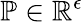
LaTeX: \mathbb{P}\in\mathbb{R}^{\epsilon}